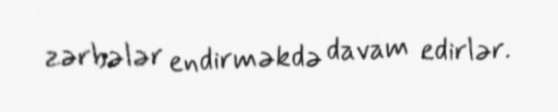
zərbələr endirməkdə davam edirlər.